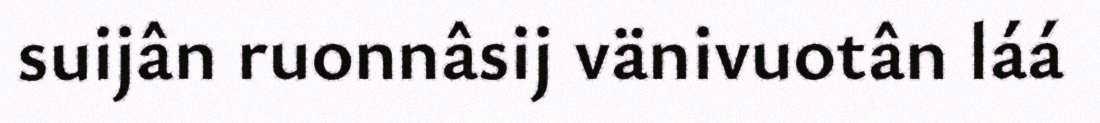
suijân ruonnâsij vänivuotân láá